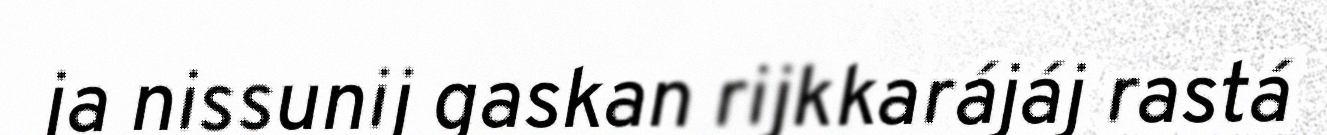
ja nissunij gaskan rijkkarájáj rastá